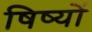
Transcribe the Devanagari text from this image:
षिष्यों